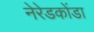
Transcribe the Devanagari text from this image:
नेरेडकोंडा